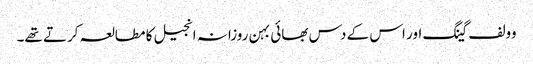
وولف گینگ اور اس کے دس بھائی بہن روزانہ انجیل کا مطالعہ کرتے تھے۔